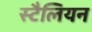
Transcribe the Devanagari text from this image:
स्टैलियन